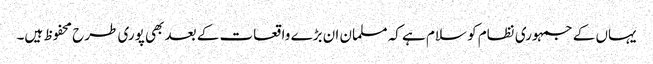
یہاں کے جمہوری نظام کو سلام ہے کہ مسلمان ان بڑے واقعات کے بعد بھی پوری طرح محفوظ ہیں۔